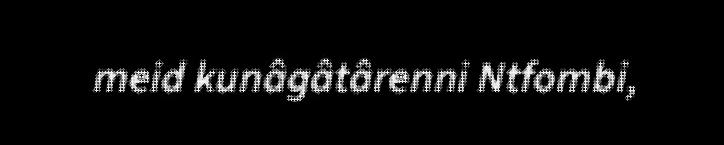
meid kunâgâtârenni Ntfombi,